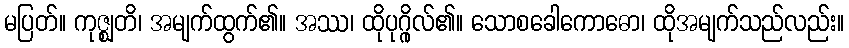
မပြတ်။ ကုဇ္ဈတိ၊ အမျက်ထွက်၏။ အဿ၊ ထိုပုဂ္ဂိုလ်၏။ သောစခေါကောဓော၊ ထိုအမျက်သည်လည်း။